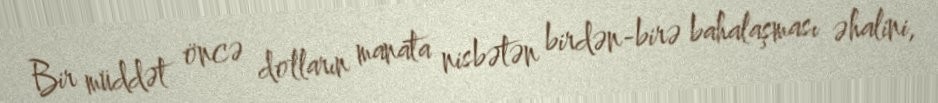
Bir müddət öncə dolların manata nisbətən birdən-birə bahalaşması əhalini,